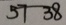
5 7 3 8